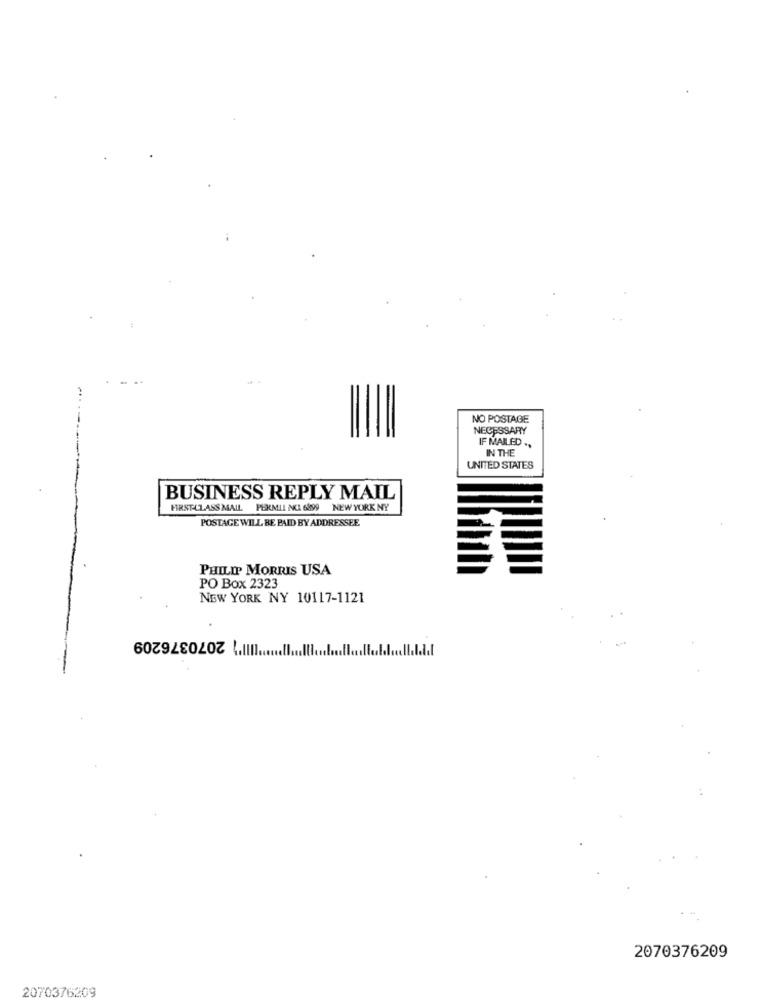
NO POSTAGE
NECESSARY
IF MAILED ..
IN THE
UNITED STATES
BUSINESS REPLY MAIL
FIRST-CLASS MAIL PERMIL AKI 6899 NEW YORK NY
POSTAGE WILL BE PAID BY ADDRESSEE
PHILIP MORRIS USA
PO Box 2323
NEW YORK NY 10117-1121
IIII") 2070376209
2070376209
2070376209